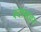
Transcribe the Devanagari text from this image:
श्वासहर